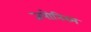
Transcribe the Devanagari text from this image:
जपोनिस्म